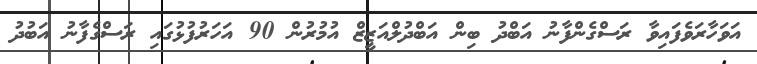
އަވަހާރަވެފައިވާ ރަސްގެންފާނު އަބްދު ބިން އަބްދުލްއަޒީޒް އުމުރުން 90 އަހަރުފުޅުގައި ރަސްގެފާނު އަބުދު